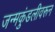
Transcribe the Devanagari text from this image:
जन्मकुंडलीवरून